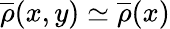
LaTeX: \overline{{\rho}}(x,y)\simeq\overline{{\rho}}(x)